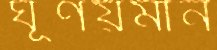
ঘূর্ণয়মান